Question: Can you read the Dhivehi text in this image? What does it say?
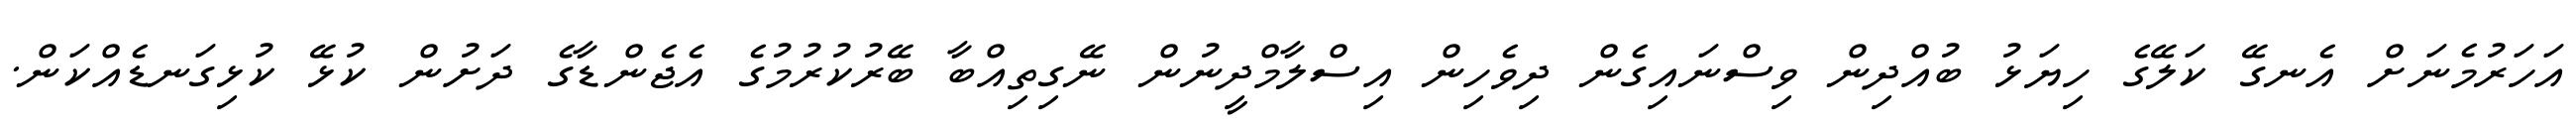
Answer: އަހަރުމެނަށް އެނގޭ ކަލޭގެ ހިޔަޅު ބުއްދިން ވިސްނައިގެން ދިވެހިން އިސްލާމްދީނުން ނޭގިތިއްބާ ބޭރުކުރުމުގެ އެޖެންޑާގެ ދަށުން ކުޅޭ ކުޅިގަނޑެއްކަން.